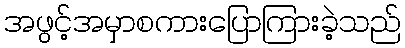
အဖွင့်အမှာစကားပြောကြားခဲ့သည်